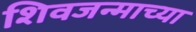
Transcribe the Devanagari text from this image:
शिवजन्माच्या